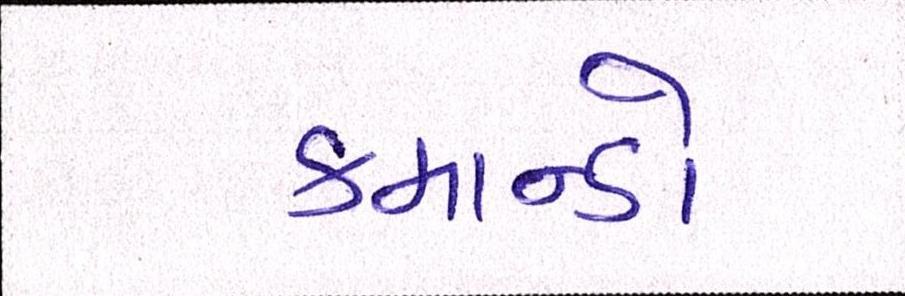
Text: કમાન્ડો